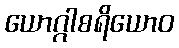
ယောဂ္ဂါစရိယောဝ